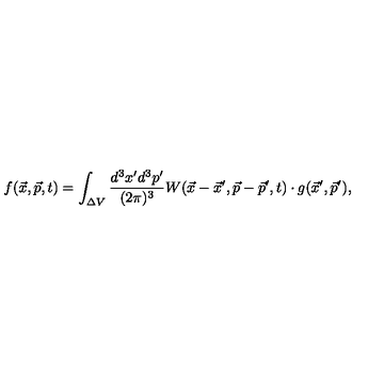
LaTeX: f ( \vec { x } , \vec { p } , t ) = \int _ { \Delta V } { \frac { d ^ { 3 } x ^ { \prime } d ^ { 3 } p ^ { \prime } } { ( 2 \pi ) ^ { 3 } } } W ( \vec { x } - \vec { x } ^ { \prime } , \vec { p } - \vec { p } ^ { \prime } , t ) \cdot g ( \vec { x } ^ { \prime } , \vec { p } ^ { \prime } ) ,